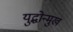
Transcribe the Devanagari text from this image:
युद्धोन्मुख